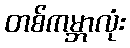
တစ်ကမ္ဘာလုံး